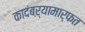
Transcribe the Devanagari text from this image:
कादंबऱ्यामार्फत